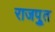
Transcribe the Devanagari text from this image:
राजपूुत